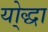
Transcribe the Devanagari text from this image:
यो्द्धा